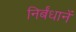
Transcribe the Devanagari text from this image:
निर्बंधानें